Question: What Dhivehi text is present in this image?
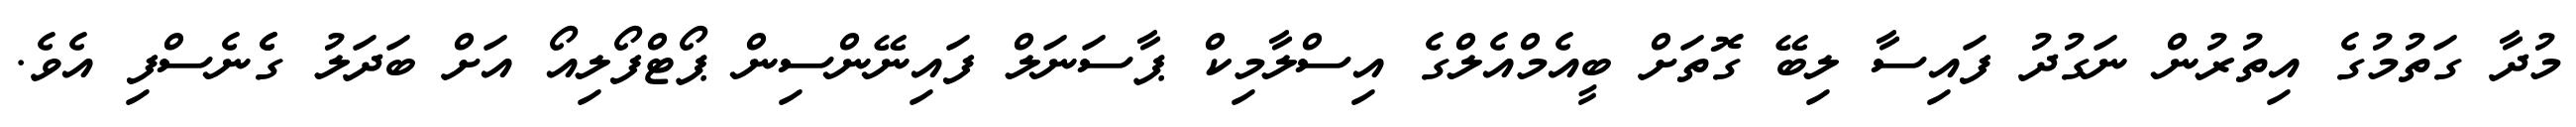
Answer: މުދާ ގަތުމުގެ އިތުރުން ނަގުދު ފައިސާ ލިބޭ ގޮތަށް ބީއެމްއެލްގެ އިސްލާމިކް ޕާސަނަލް ފައިނޭންސިން ޕޯޓްފޯލިއޯ އަށް ބަދަލު ގެެނެސްފި އެވެ.